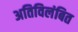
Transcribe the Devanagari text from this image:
अतिविलंबित